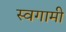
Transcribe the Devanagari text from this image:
स्वगामी